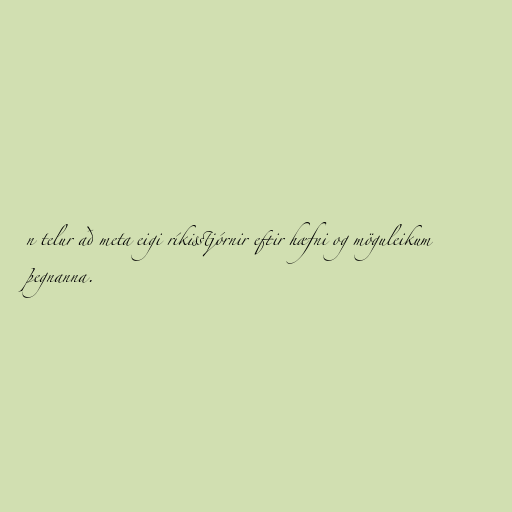
n telur að meta eigi ríkisstjórnir eftir hæfni og möguleikum
þegnanna.